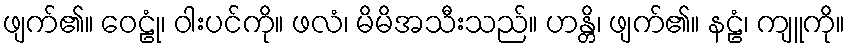
ဖျက်၏။ ဝေဠုံ၊ ဝါးပင်ကို။ ဖလံ၊ မိမိအသီးသည်။ ဟန္တိ၊ ဖျက်၏။ နဠံ၊ ကျူကို။